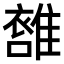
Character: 𩀖